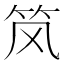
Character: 𮵭